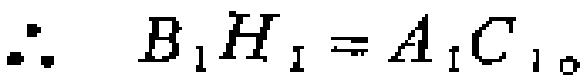
\(\therefore\ B_{1}H_{1}=A_{1}C_{1}\)